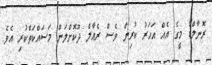
ރޮނާލްޑޯ މީގެ އެއް އަހަރު ކުރިން ވެސް ރެއާލް ދޫކޮށްލަން މަސައްކަތްކުރި އެވެ.